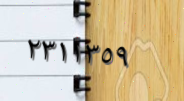
٢٣١١٣٥٩